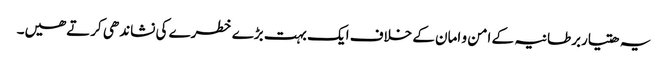
یہ ھتیاربرطانیہ کے امن و امان کے خلاف ایک بہت بڑے خطرے کی نشاندھی کرتےھیں۔